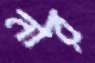
নার